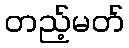
တည့်မတ်